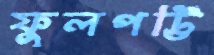
ফুলপট্টি